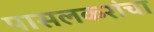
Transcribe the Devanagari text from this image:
पासलकरांचा